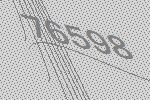
76598